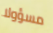
مسؤولا